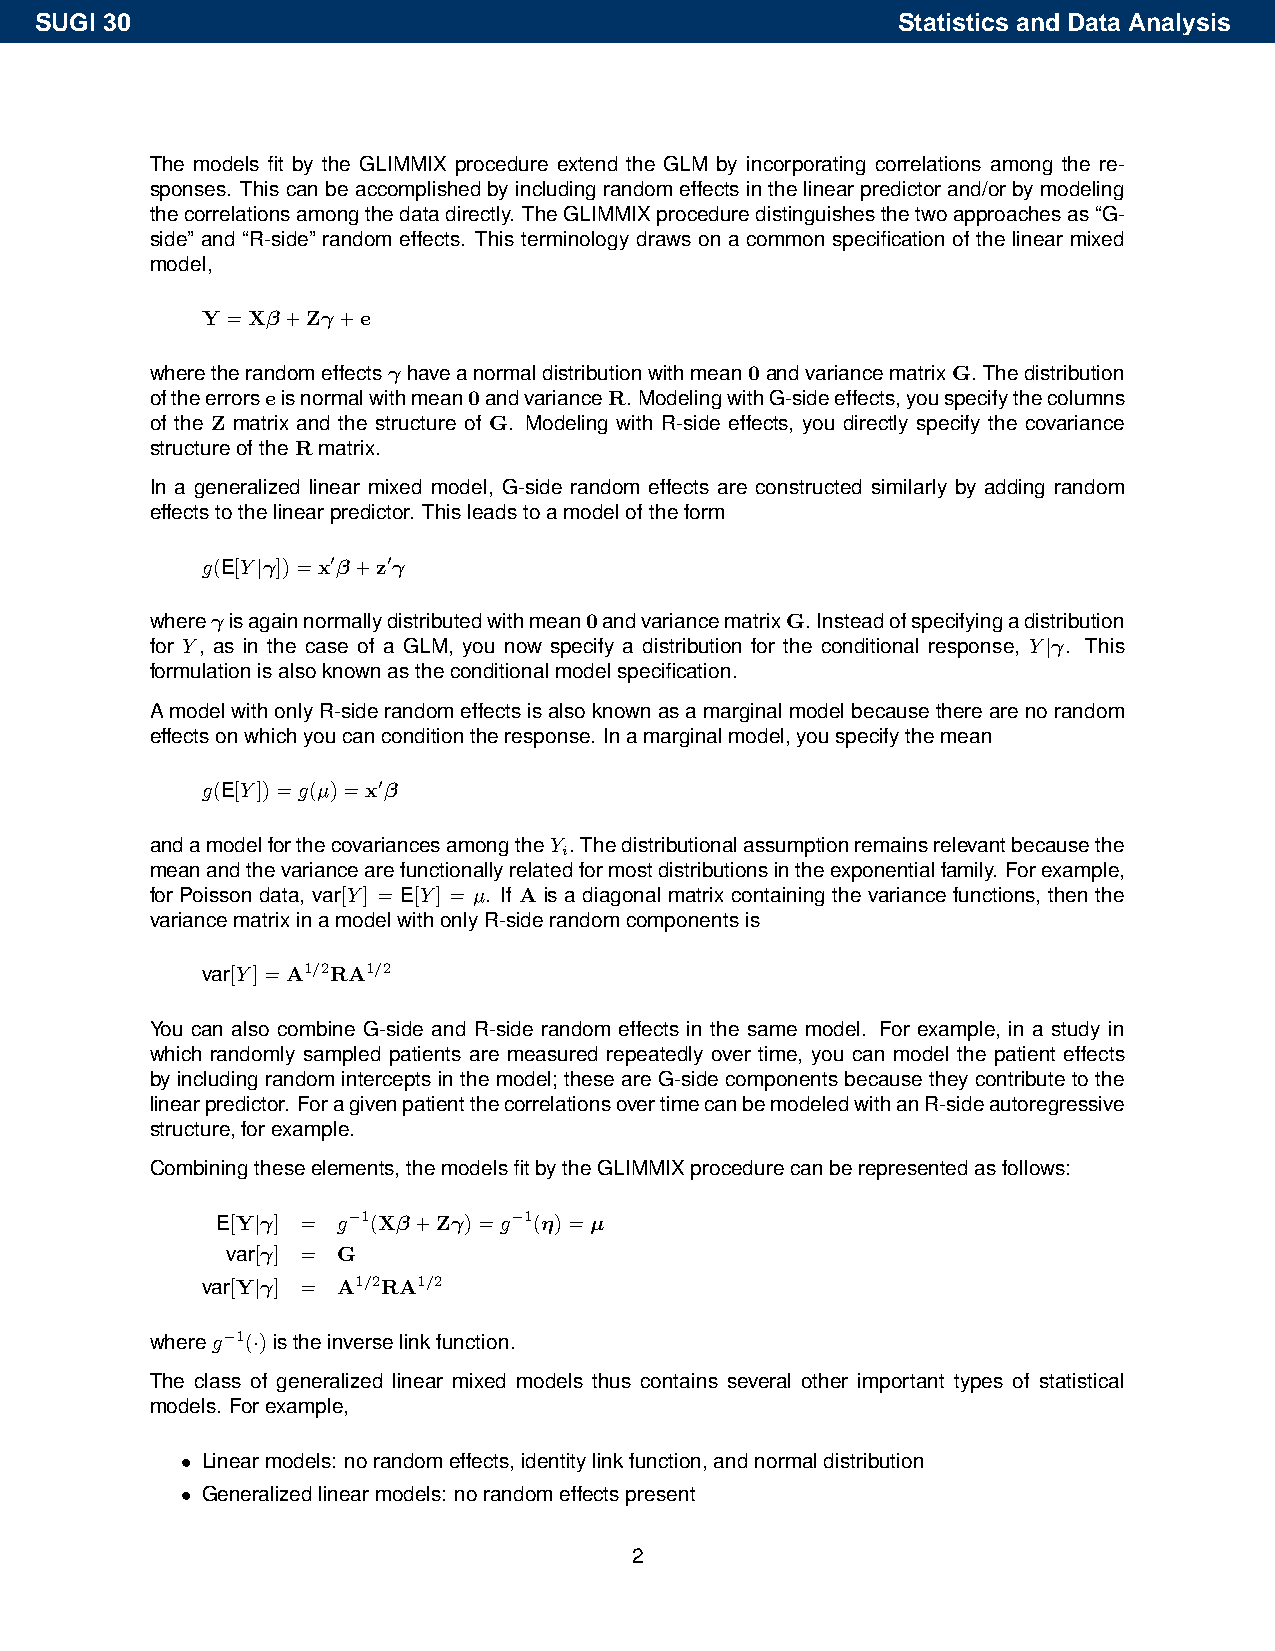
SUGI 30                                                  Statistics and Data Analysis
 The models fit by the GLIMMIX procedure extend the GLM by incorporating correlations among the re-
 sponses. Thiscanbeaccomplishedbyincludingrandomeffectsinthelinearpredictorand/orbymodeling
 thecorrelationsamongthedatadirectly. TheGLIMMIXproceduredistinguishesthetwoapproachesas“G-
 side” and “R-side” random effects. This terminology draws on a common specification of the linear mixed
 model,
 Y =Xβ+Zγ+e
 wheretherandomeffectsγ haveanormaldistributionwithmean0andvariancematrixG. Thedistribution
 oftheerrorseisnormalwithmean0andvarianceR. ModelingwithG-sideeffects,youspecifythecolumns
 of the Z matrix and the structure of G. Modeling with R-side effects, you directly specify the covariance
 structureoftheRmatrix.
 In a generalized linear mixed model, G-side random effects are constructed similarly by adding random
 effectstothelinearpredictor. Thisleadstoamodeloftheform
 g(E[Y|γ])=x0β+z0γ
 whereγisagainnormallydistributedwithmean0andvariancematrixG. Insteadofspecifyingadistribution
 for Y, as in the case of a GLM, you now specify a distribution for the conditional response, Y|γ. This
 formulationisalsoknownastheconditionalmodelspecification.
 AmodelwithonlyR-siderandomeffectsisalsoknownasamarginalmodelbecausetherearenorandom
 effectsonwhichyoucanconditiontheresponse. Inamarginalmodel,youspecifythemean
 g(E[Y])=g(µ)=x0β
 andamodelforthecovariancesamongtheY . Thedistributionalassumptionremainsrelevantbecausethe
 i
 meanandthevariancearefunctionallyrelatedformostdistributionsintheexponentialfamily. Forexample,
 for Poisson data, var[Y] = E[Y] = µ. If A is a diagonal matrix containing the variance functions, then the
 variancematrixinamodelwithonlyR-siderandomcomponentsis
 var[Y]=A1/2RA1/2
 You can also combine G-side and R-side random effects in the same model. For example, in a study in
 which randomly sampled patients are measured repeatedly over time, you can model the patient effects
 by including random intercepts in the model; these are G-side components because they contribute to the
 linearpredictor. ForagivenpatientthecorrelationsovertimecanbemodeledwithanR-sideautoregressive
 structure,forexample.
 Combiningtheseelements,themodelsfitbytheGLIMMIXprocedurecanberepresentedasfollows:
 E[Y|γ] = g−1(Xβ+Zγ)=g−1(η)=µ
 var[γ] = G
 var[Y|γ] = A1/2RA1/2
 whereg−1(·)istheinverselinkfunction.
 The class of generalized linear mixed models thus contains several other important types of statistical
 models. Forexample,
 • Linearmodels: norandomeffects,identitylinkfunction,andnormaldistribution
 • Generalizedlinearmodels: norandomeffectspresent
 2